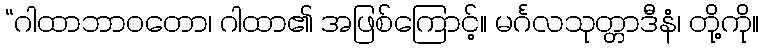
“ဂါထာဘာဝတော၊ ဂါထာ၏ အဖြစ်ကြောင့်။ မင်္ဂလသုတ္တာဒီနံ၊ တို့ကို။